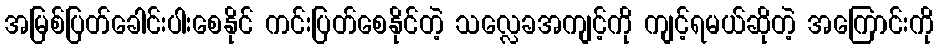
အမြစ်ပြတ်ခေါင်းပါးစေနိုင် ကင်းပြတ်စေနိုင်တဲ့ သလ္လေခအကျင့်ကို ကျင့်ရမယ်ဆိုတဲ့ အကြောင်းကို